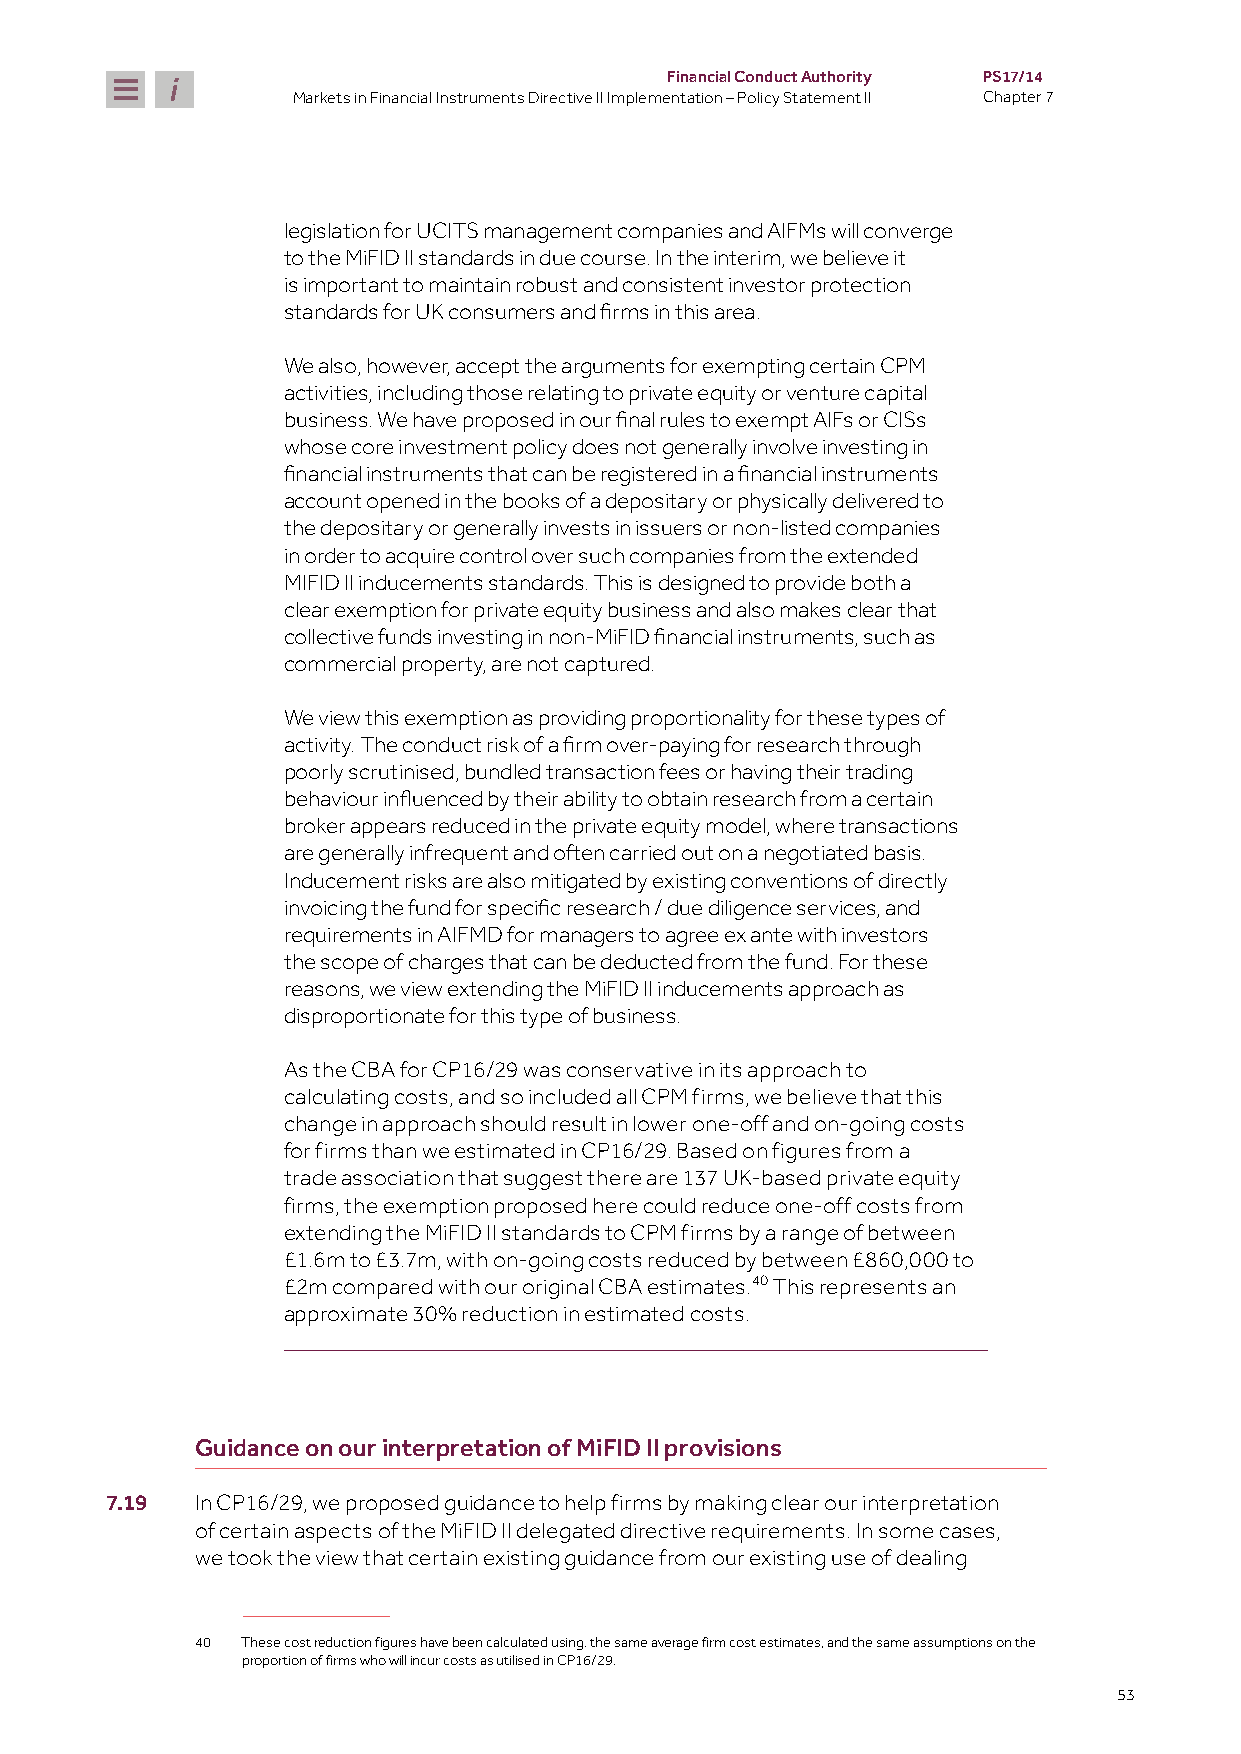
Financial Conduct Authority PS17/14
 Markets in Financial Instruments Directive II Implementation – Policy Statement II Chapter 7
 legislation for UCITS management companies and AIFMs will converge
 to the MiFID II standards in due course. In the interim, we believe it
 is important to maintain robust and consistent investor protection
 standards for UK consumers and firms in this area.
 We also, however, accept the arguments for exempting certain CPM
 activities, including those relating to private equity or venture capital
 business. We have proposed in our final rules to exempt AIFs or CISs
 whose core investment policy does not generally involve investing in
 financial instruments that can be registered in a financial instruments
 account opened in the books of a depositary or physically delivered to
 the depositary or generally invests in issuers or non-listed companies
 in order to acquire control over such companies from the extended
 MIFID II inducements standards. This is designed to provide both a
 clear exemption for private equity business and also makes clear that
 collective funds investing in non-MiFID financial instruments, such as
 commercial property, are not captured.
 We view this exemption as providing proportionality for these types of
 activity. The conduct risk of a firm over-paying for research through
 poorly scrutinised, bundled transaction fees or having their trading
 behaviour influenced by their ability to obtain research from a certain
 broker appears reduced in the private equity model, where transactions
 are generally infrequent and often carried out on a negotiated basis.
 Inducement risks are also mitigated by existing conventions of directly
 invoicing the fund for specific research / due diligence services, and
 requirements in AIFMD for managers to agree ex ante with investors
 the scope of charges that can be deducted from the fund. For these
 reasons, we view extending the MiFID II inducements approach as
 disproportionate for this type of business.
 As the CBA for CP16/29 was conservative in its approach to
 calculating costs, and so included all CPM firms, we believe that this
 change in approach should result in lower one-off and on-going costs
 for firms than we estimated in CP16/29. Based on figures from a
 trade association that suggest there are 137 UK-based private equity
 firms, the exemption proposed here could reduce one-off costs from
 extending the MiFID II standards to CPM firms by a range of between
 £1.6m to £3.7m, with on-going costs reduced by between £860,000 to
 £2m compared with our original CBA estimates.40 This represents an
 approximate 30% reduction in estimated costs.
 Guidance on our interpretation of MiFID II provisions
 7.19  In CP16/29, we proposed guidance to help firms by making clear our interpretation
 of certain aspects of the MiFID II delegated directive requirements. In some cases,
 we took the view that certain existing guidance from our existing use of dealing
 40 These cost reduction figures have been calculated using: the same average firm cost estimates; and the same assumptions on the
 proportion of firms who will incur costs as utilised in CP16/29.
 53